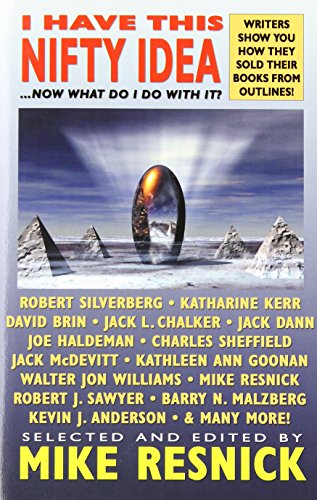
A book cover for I Have This Nifty Idea: ...Now What Do I Do with It?; Science Fiction & Fantasy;